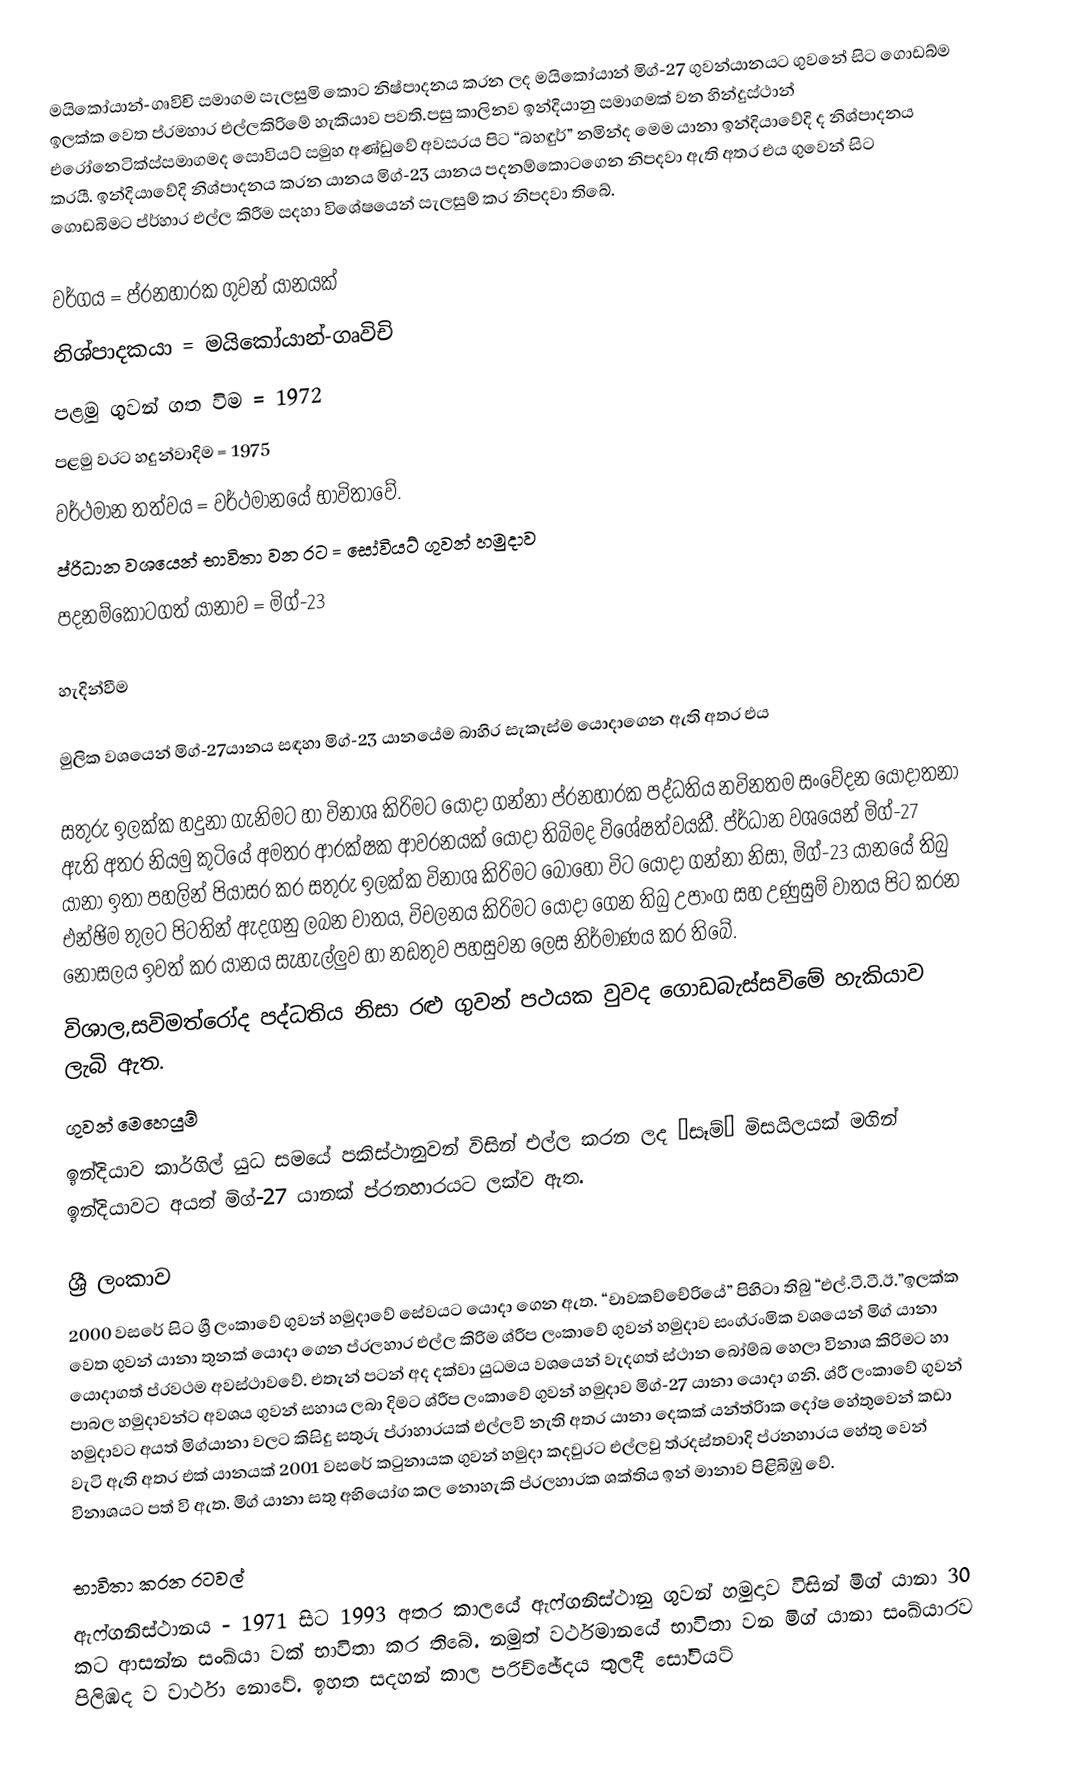
මයිකෝයාන්-ගෘවිචි සමාගම සැලසුමි කොට නිෂ්පාදනය කරන ලද මයිකෝයාන් මිග්-27 ගුවන්යානයට ගුවනේ සිට ගොඩබ්ම ඉලක්ක වෙත ප්රමහාර එල්ලකිරිමේ හැකියාව පවති.පසු කාලිනව ඉන්දියානු සමාගමක් වන හින්දුස්ථාන් එරෝනෙටික්ස්සමාගමද සොවියට් සමුහ අණ්ඩුවේ අවසරය පිට  “බහඳුර්” නමින්ද මෙම යානා ඉන්දියාවේදි ද නිශ්පාදනය කරයී. ඉන්දියාවේදි නිශ්පාදනය කරන යානය මිග්-23 යානය පදනම්කොටගෙන නිපදවා ඇති අතර එය ගුව‍්නේ සිට‍ ‍‍ගොඩබිමට ප්ර්හාර එල්ල කිරීම සදහා වි‍ශේෂයෙන් සැලසුම් ‍කර නිපදවා ති‍බේ.

වර්ගය = ප්රනහාරක ගුවන් යානයක්
නිශ්පාදකයා = මයිකෝයාන්-ගෘවිචි
පළමු ගුවන් ගත විම = 1972
පළමු වරට හදුන්වා‍දිම = 1975
වර්ථමාන තත්වය = වර්ථමානයේ භාවිතාවේ.
ප්රිධාන වශයෙන් භාවිතා වන රට = සෝවියට් ගුවන් හමුදාව
පදනම්කොටගත් යානාව = මිග්-23

හැදින්වීම

මුලික වශයෙන් මිග්-27යානය සඳහා මිග්-23 යානයේම බාහිර සැකැස්ම යොදාගෙන ඇති අතර එය

සතුරු ඉලක්ක හදුනා ගැනිමට හා විනාශ කිරිමට යොදා ගන්නා ප්රනහාරක පද්ධතිය නවිනතම සංවේදන යොදාතනා ඇති අතර නියමු කුටියේ අමතර ආරක්ෂක ආවරනයක් යොදා තිබිමද විශේෂත්වයකී. ප්ර්ධාන වශයෙන් මිග්-27 යානා ඉතා පහලින් පියාසර කර සතුරු ඉලක්ක විනාශ කිරිමට බොහෝ විට යොදා ගන්නා නිසා, මිග්-23 යානයේ තිබු එන්ඡිම තුලට පිටතින් ඇදගනු ලබන වාතය, විචලනය කිරිමට යොදා ගෙන තිබු උපාංග සහ උණුසුම් වාතය පිට කරන නොසලය ඉවත් කර යානය සැහැල්ලුව හා නඩතුව පහසුවන ලෙස නිර්මාණය කර තිබේ.
විශාල,සවිමත්රෝද පද්ධතිය නිසා රළු ගුවන් පථයක වුවද ගොඩබැස්සවිමේ  හැකියාව ලැබි ඇත.
ගුවන් මෙහෙයුම්
ඉන්දියාව කාර්ගිල් යුධ සමයේ පකිස්ථානුවන් විසින් එල්ල කරන ලද “සෑම්” මිසයිලයක් මගින් ඉන්දියාවට අයත් මිග්-27 යානක් ප්රනහාරයට ලක්ව ඇත.

ශ්‍රී ලංකා‍ව
2000 වසරේ සිට ශ්‍රී ලංකා‍වේ ගුවන් හමුදාවේ සේවයට යොදා ගෙන ඇත. “චාවකච්චේරියේ” පිහිටා තිබු “එල්.ටී.ටී.ඊ.”ඉලක්ක වෙත ගුවන් යානා තුනක් යොදා ගෙන ප්රලහාර එල්ල කිරිම ශ්රීප ලංකාවේ ගුවන් හමුදාව සංග්රංමික වශයෙන් මිග් යානා යොදාගත් ප්රවථම අවස්ථාවවේ. එතැන් පටන් අද දක්වා යුධමය වශයෙන් වැදගත් ස්ථාන බෝම්බ හෙලා විනාශ කිරිමට හා පාබල හමුදාවන්ට අවශය ගුවන් සහාය ලබා දිමට ශ්රීප ලංකාවේ ගුවන් හමුදාව මිග්-27 යානා යොදා ගනි. ශ්රී‍ ලංකාවේ ගුවන් හමුදාවට අයත් මිග්යානා වලට කිසිදු සතුරු ප්රාහාරයක් එල්ලවි නැති අතර යානා දෙකක් යන්ත්රිාක දෝෂ හේතුවෙන් කඩා වැටි ඇති අතර එක් යානයක් 2001 වසරේ කටුනායක ගුවන් හමුදා කදවුරට එල්ලවු ත්රදස්තවාදි ප්රනහාරය හේතු වෙන් විනාශයට පත් වි ඇත. මිග් යානා සතු අභියෝග කල නොහැකි ප්රලහාරක ශක්තිය ඉන් මානාව පිළිබිඹු වේ.

භාවිතා කරන රටවල්
ඇෆ්ගනිස්ථානය - 1971 සිට 1993 අතර කාලයේ ඇෆ්ගනිස්ථානු ගුවන් හමුදාව විසින් මිග් යානා 30 කට ආසන්න සංඛ්යා වක් භාවිතා කර තිබේ. නමුත් වර්ථමානයේ භාවිතා වන මිග් යානා සංඛ්යාරව පිලිඹද ව වාර්ථා නොවේ. ඉහත සදහන් කාල පරිච්ඡේදය තුලදී සෝවියට්